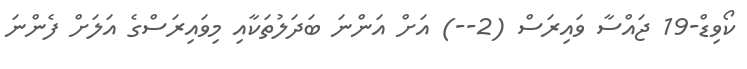
ކޯވިޑް-19 ޖައްސާ ވައިރަސް (2--) އަށް އަންނަ ބަދަލުތަކާއި މިވައިރަސްގެ އަލަށް ފެންނަ